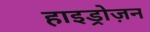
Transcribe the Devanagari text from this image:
हाइड्रोज़न